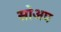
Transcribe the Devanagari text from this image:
सोअप